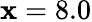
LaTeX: \mathbf{x}=8.0